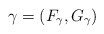
\begin{align*}\gamma=(F_\gamma, G_\gamma)\end{align*}